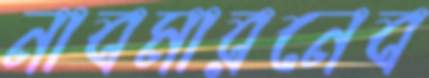
নাবমারনেব